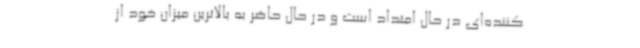
کننده‌ای در حال امتداد است و در حال حاضر به بالاترین میزان خود از